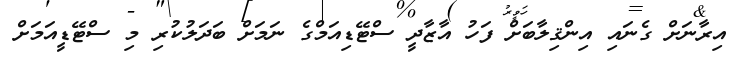
އިރާނަށް ގެނައި އިންޤިލާބަށް ފަހު އާޒާދީ ސްޓޭޑިއަމްގެ ނަމަށް ބަދަލުކުރި މި ސްޓޭޑީއަމަށް